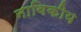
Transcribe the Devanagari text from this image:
नाविकीय